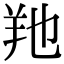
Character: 𦍔